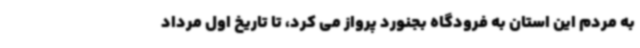
به مردم این استان به فرودگاه بجنورد پرواز می کرد، تا تاریخ اول مرداد